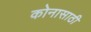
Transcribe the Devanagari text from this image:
कोनासाठी